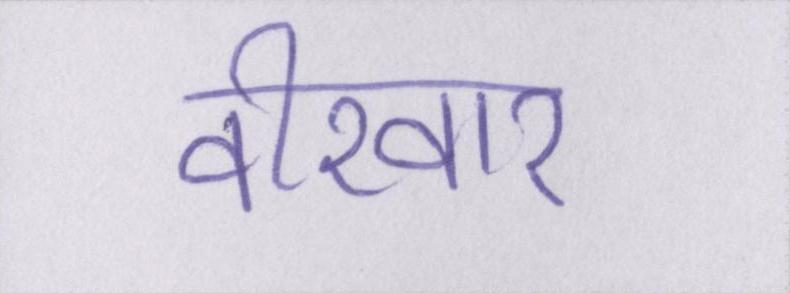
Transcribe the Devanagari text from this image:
वीरवार